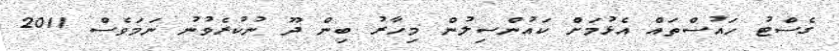
ގެސްޓު ހައުސްތައް އެޅުމަށް ކައުންސިލުން މިހާރު ބިން ދޫ ނުކުރެވުނު ނަމަވެސް 2011